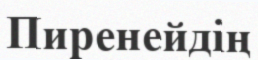
Пиренейдің